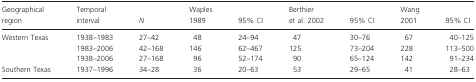
<table><thead><tr><td><b>Geographical region</b></td><td><b>Temporal interval</b></td><td><b><i>N</i></b></td><td><b>Waples 1989</b></td><td><b>95% CI</b></td><td><b>Berthier et al. 2002</b></td><td><b>95% CI</b></td><td><b>Wang 2001</b></td><td><b>95% CI</b></td></tr></thead><tbody><tr><td rowspan="3">Western Texas</td><td>1938–1983</td><td>27–42</td><td>48</td><td>24–94</td><td>47</td><td>30–76</td><td>67</td><td>40–125</td></tr><tr><td>1983–2006</td><td>42–168</td><td>146</td><td>62–467</td><td>125</td><td>73–204</td><td>228</td><td>113–500</td></tr><tr><td>1938–2006</td><td>27–168</td><td>96</td><td>52–174</td><td>90</td><td>65–124</td><td>142</td><td>91–234</td></tr><tr><td>Southern Texas</td><td>1937–1996</td><td>34–28</td><td>36</td><td>20–63</td><td>53</td><td>29–65</td><td>41</td><td>28–63</td></tr></tbody></table>